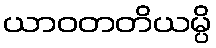
ယာဝတတိယမ္ပိ